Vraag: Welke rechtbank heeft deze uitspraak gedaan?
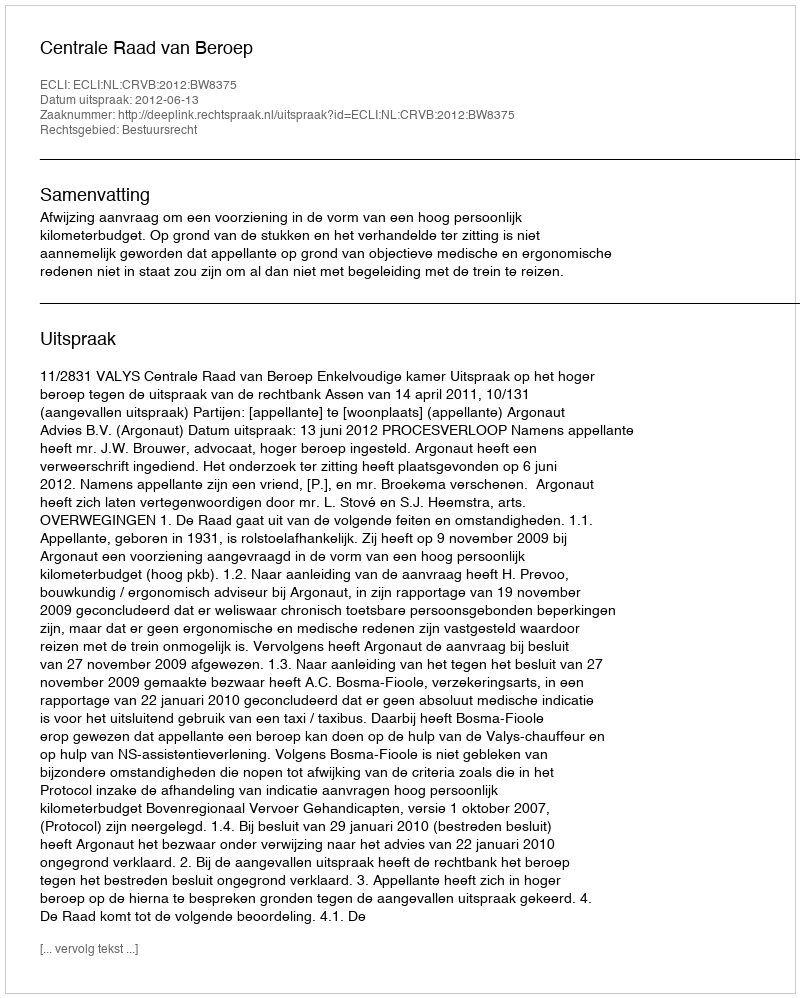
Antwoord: Centrale Raad van Beroep